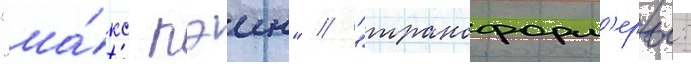
"ма́кс пэин" / "трансформ'еры: